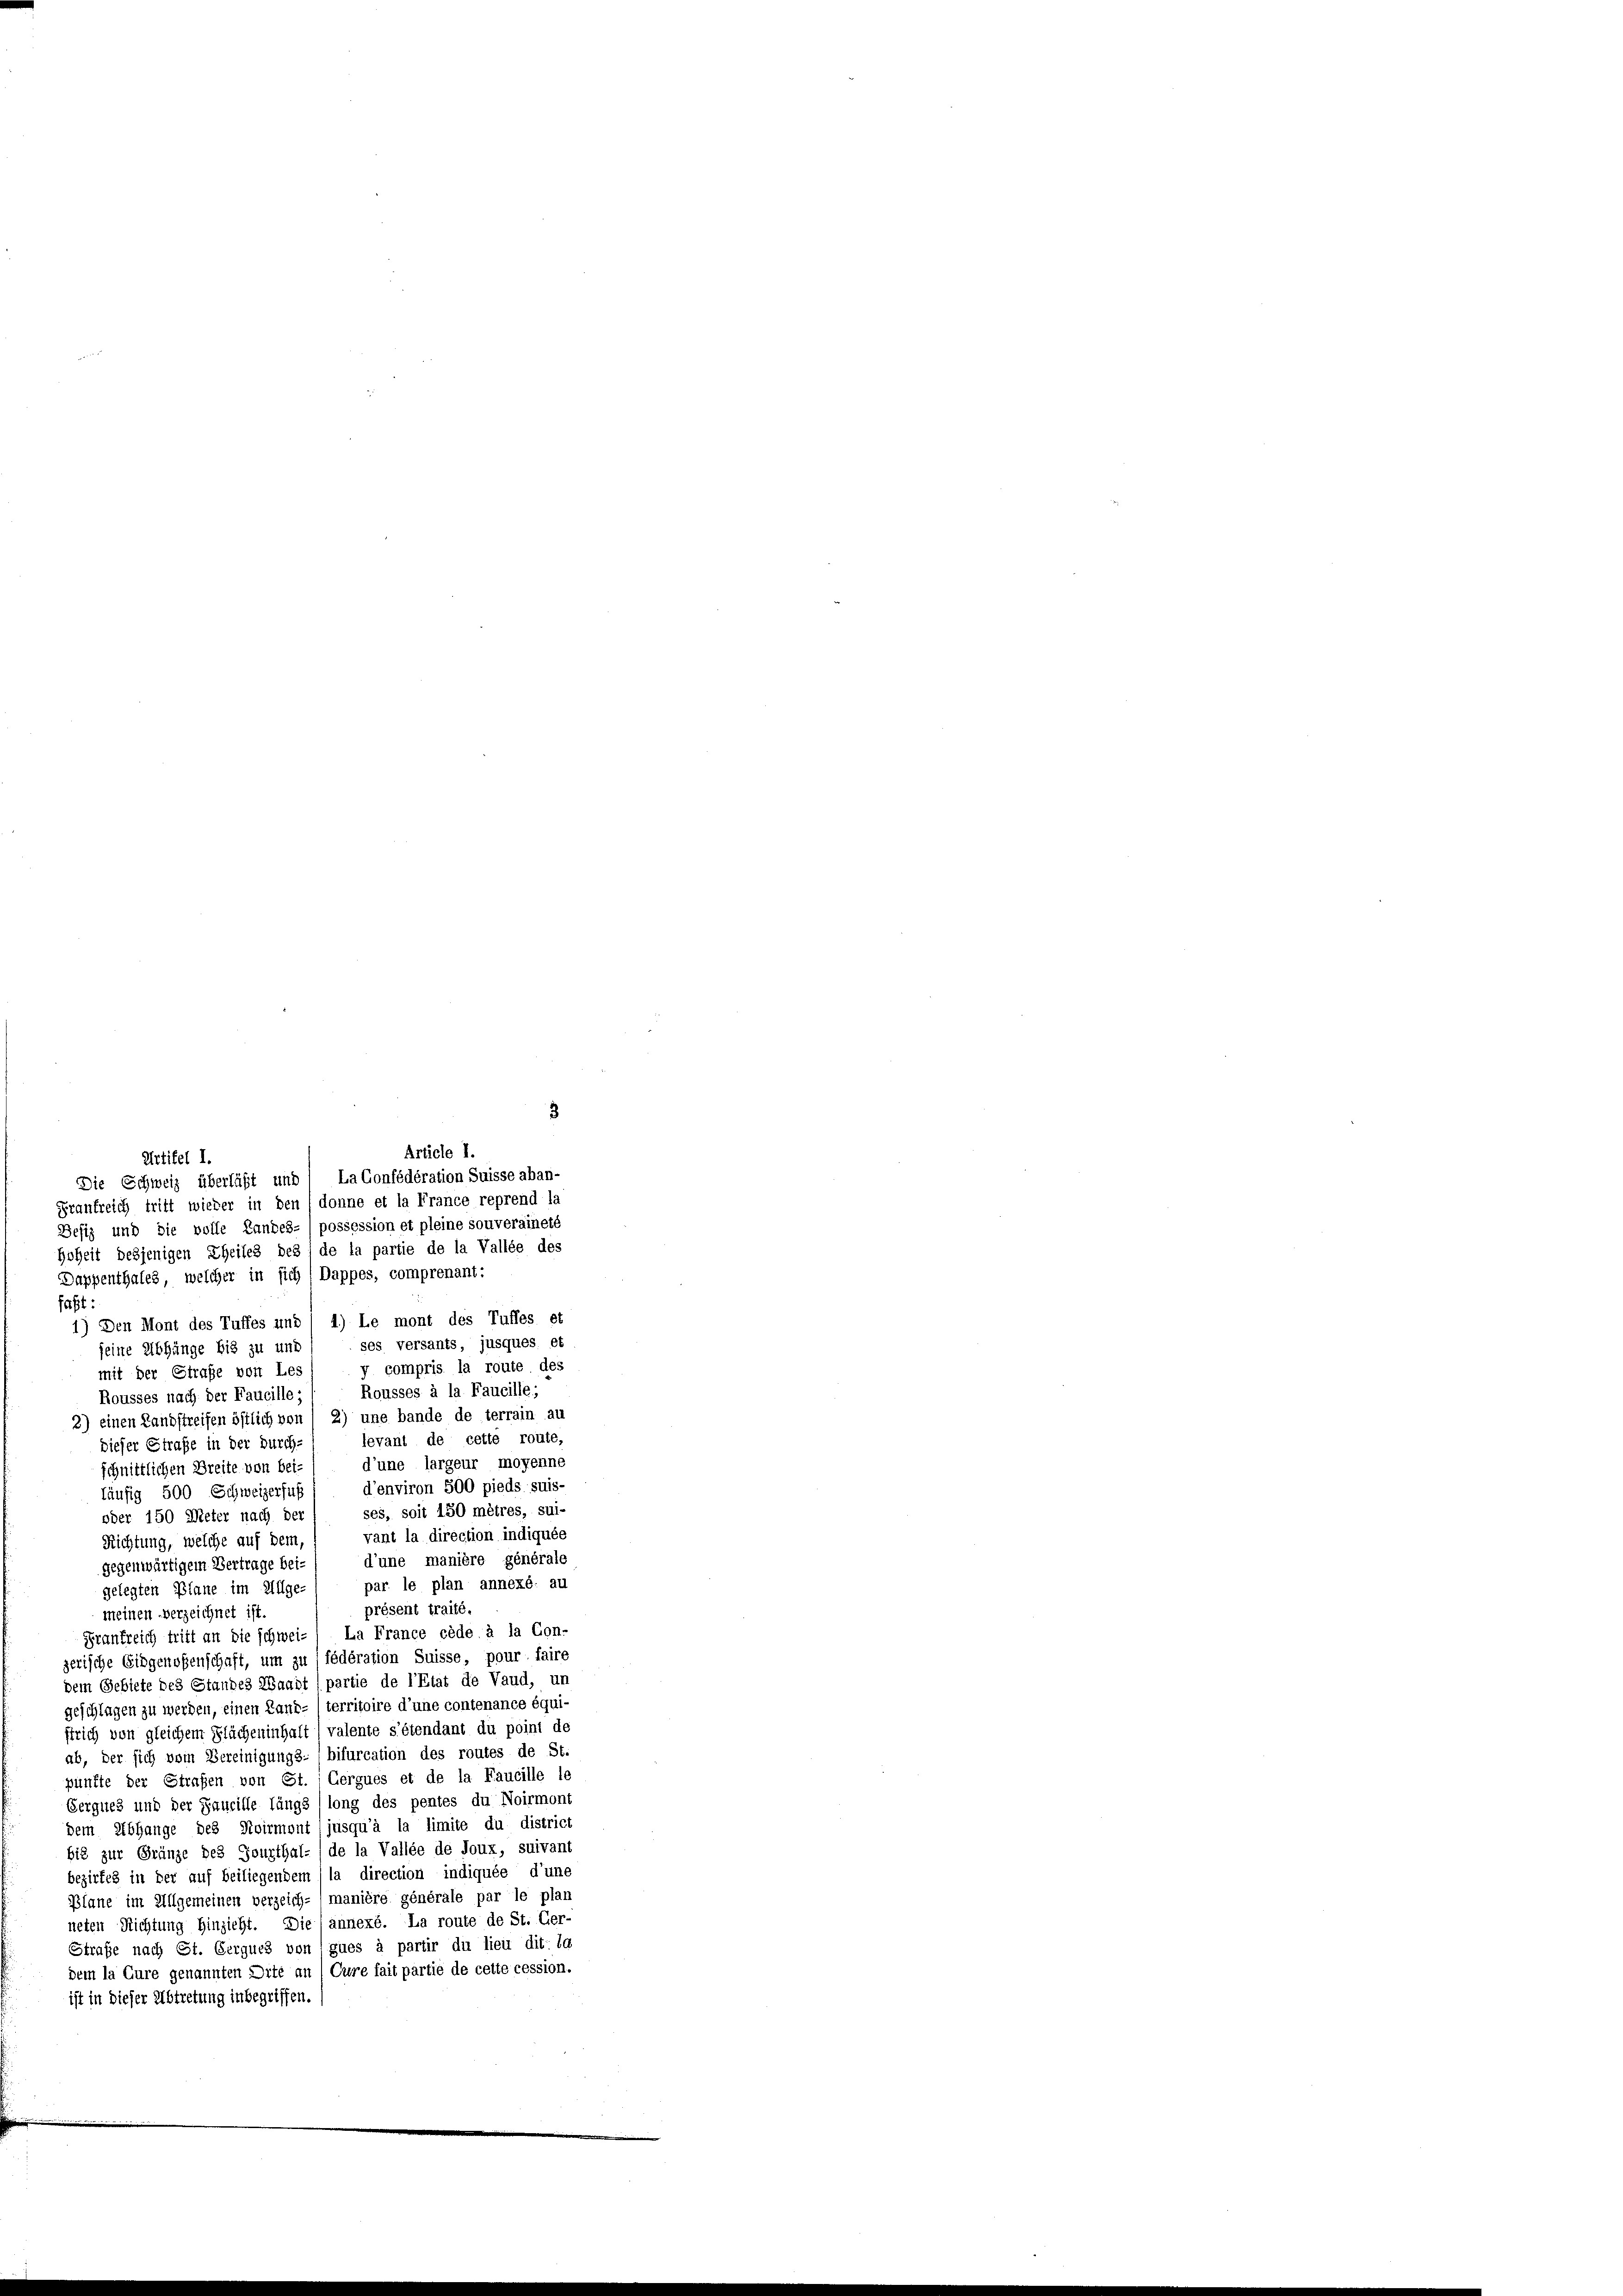
Artikel I.
Die Schweiz überläßt und 1 LaGonfédération Suisse aban-
Frankreich tritt wieder in den /donne et la France reprend la
Defiz und die volle Landes-) possession et pleine souveraineté
Hoheit desjenigen Theiles des, de la partie de la Vallée des
Dappenthales, welcher in sich 1 Dappes, comprenant:
faßt:
1) Den Mont des Tuffes und / 4) Le mont des Tuffes et
ses versants, jusques et
seine Abhänge bis zu und
y compris la route des
mit der Strafe von Les
Rousses à la Faucille;
Rousses nach der Faucille;
2) einen Landstreifen östlich von (2) une bande de terrain au
levant de cette route,
dieser Straße in der Durch-
d’une largeur moyenne
schnittlichen Breite von bei-
d’environ 500 pieds suis-
läufig 500 Schweizerfuß
ses, soit 150 mètres, sui-
oder 150 Meter nach der
vant la direction indiquée
Richtung, welche auf dem
d’une manière générale
gegenwärtigem Vertrage bei-
par le plan annexé: au
gelegten Plane im Allge
présent traité.
meinen Verzeichnet ist.
Frankreich tritt an die schweiz, La France cède à la Con-
zerische Eidgenoßenschaft, um zu fédération Suisse, pour faire
dem Gebiete des Standes Waadt (partie de l’Etat de Vaud, un
geschlagen zu werden, einen Land- territoire d’une contenance équi-
strich von gleichem Flächeninhalt / valente s’étendant du point de
ab, der sich vom Vereinigungs- (bifurcation des routes de St.
pünfte der Strafen von St. Gergues et de la Faucille le
Gerques und der Faucille längs (long des pentes du Noirmont
dem Abhange des Noirmont (jusqu’à la limite du district
bis zur Gränze des Jourthal- (de la Vallée de Joux, suivant
bezirkes in der auf beiliegendem (la direction indiquée d’une
Plane im Allgemeinen verzeich- (manière générale par le plan
neten Richtung hinzieht. Die annexé. La route de St. Ger-
Strafe nach St. Gergues von (gues à partir du lieu dit: ig
dem la Gure genannten Orte an (Cure fait partie de cette cession.
ist in dieser Abtretung inbegriffen.

3
Article I.